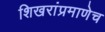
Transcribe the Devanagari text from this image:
शिखरांप्रमाणेच